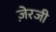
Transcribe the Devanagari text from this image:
ज़ेरजी